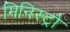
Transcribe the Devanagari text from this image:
मिनिस्ट्रो